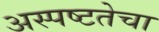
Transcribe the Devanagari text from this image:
अस्पष्टतेचा